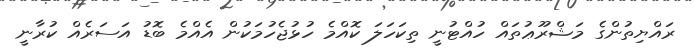
ރައްޔިތުންގެ މަޝްރޫޢުތައް ހުއްޓުނީ ތިކަހަލަ ކޮއްމެ ހުޅުޖެހުމަކުން އެއްމެ ބޮޑު އަސަރެއް ކުރާނީ